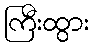
ကြီးထွား